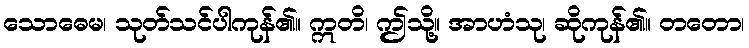
သောဓေမ၊ သုတ်သင်ပါကုန်၏။ ဣတိ၊ ဤသို့။ အာဟံသု၊ ဆိုကုန်၏။ တတော၊